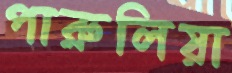
পারুলিয়া